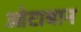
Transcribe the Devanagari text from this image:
ओटाबान